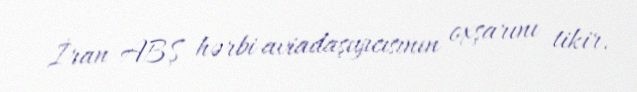
İran ABŞ hərbi aviadaşıyıcısının oxşarını tikir.